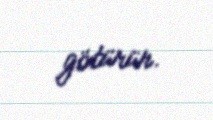
götürür.